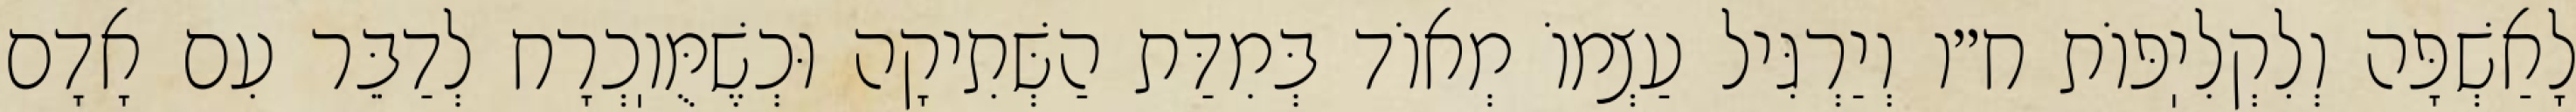
לָאַשְׁפָּה וְלִקְלִיֽפּוֹת ח״ו וְיַרְגִּיל עַצְמוֹ מְאוֹד בְּמִדַּת הַשְּׁתִיקָה וּכְשֶׁמֻּוֽכְרָח לְדַבֵּר עִם אָדָם